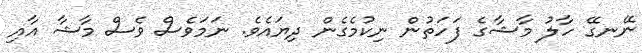
ނޭނގޭ ހާލު މާޝާގެ ފަހަތުން ނިކުމެގެން ދިޔައެވެ. ނަމަވެސް ވެސް މާޝާ އާއި